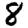
Digit: 8